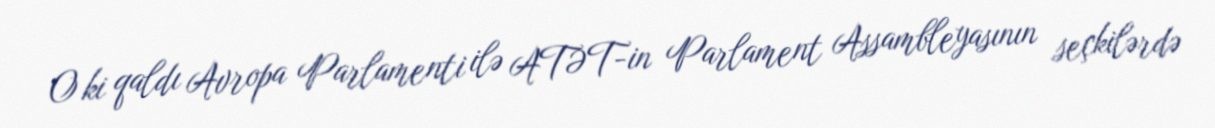
O ki qaldı Avropa Parlamenti ilə ATƏT-in Parlament Assambleyasının seçkilərdə